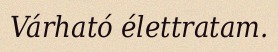
Várható élettratam.